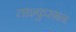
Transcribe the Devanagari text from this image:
ताश्कुरग़न